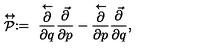
\stackrel { \leftrightarrow } { \cal P } : = \ \frac { \stackrel { \leftarrow } { \partial } } { \partial q } \frac { \vec { \partial } } { \partial p } - \frac { \stackrel { \leftarrow } { \partial } } { \partial p } \frac { \vec { \partial } } { \partial q } ,